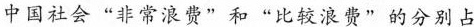
中国社会”非常浪费”和”比较浪费”的分别占